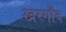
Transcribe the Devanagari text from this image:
खरगाँव